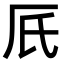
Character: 𠨿